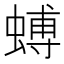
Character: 䗚